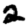
Digit: 2